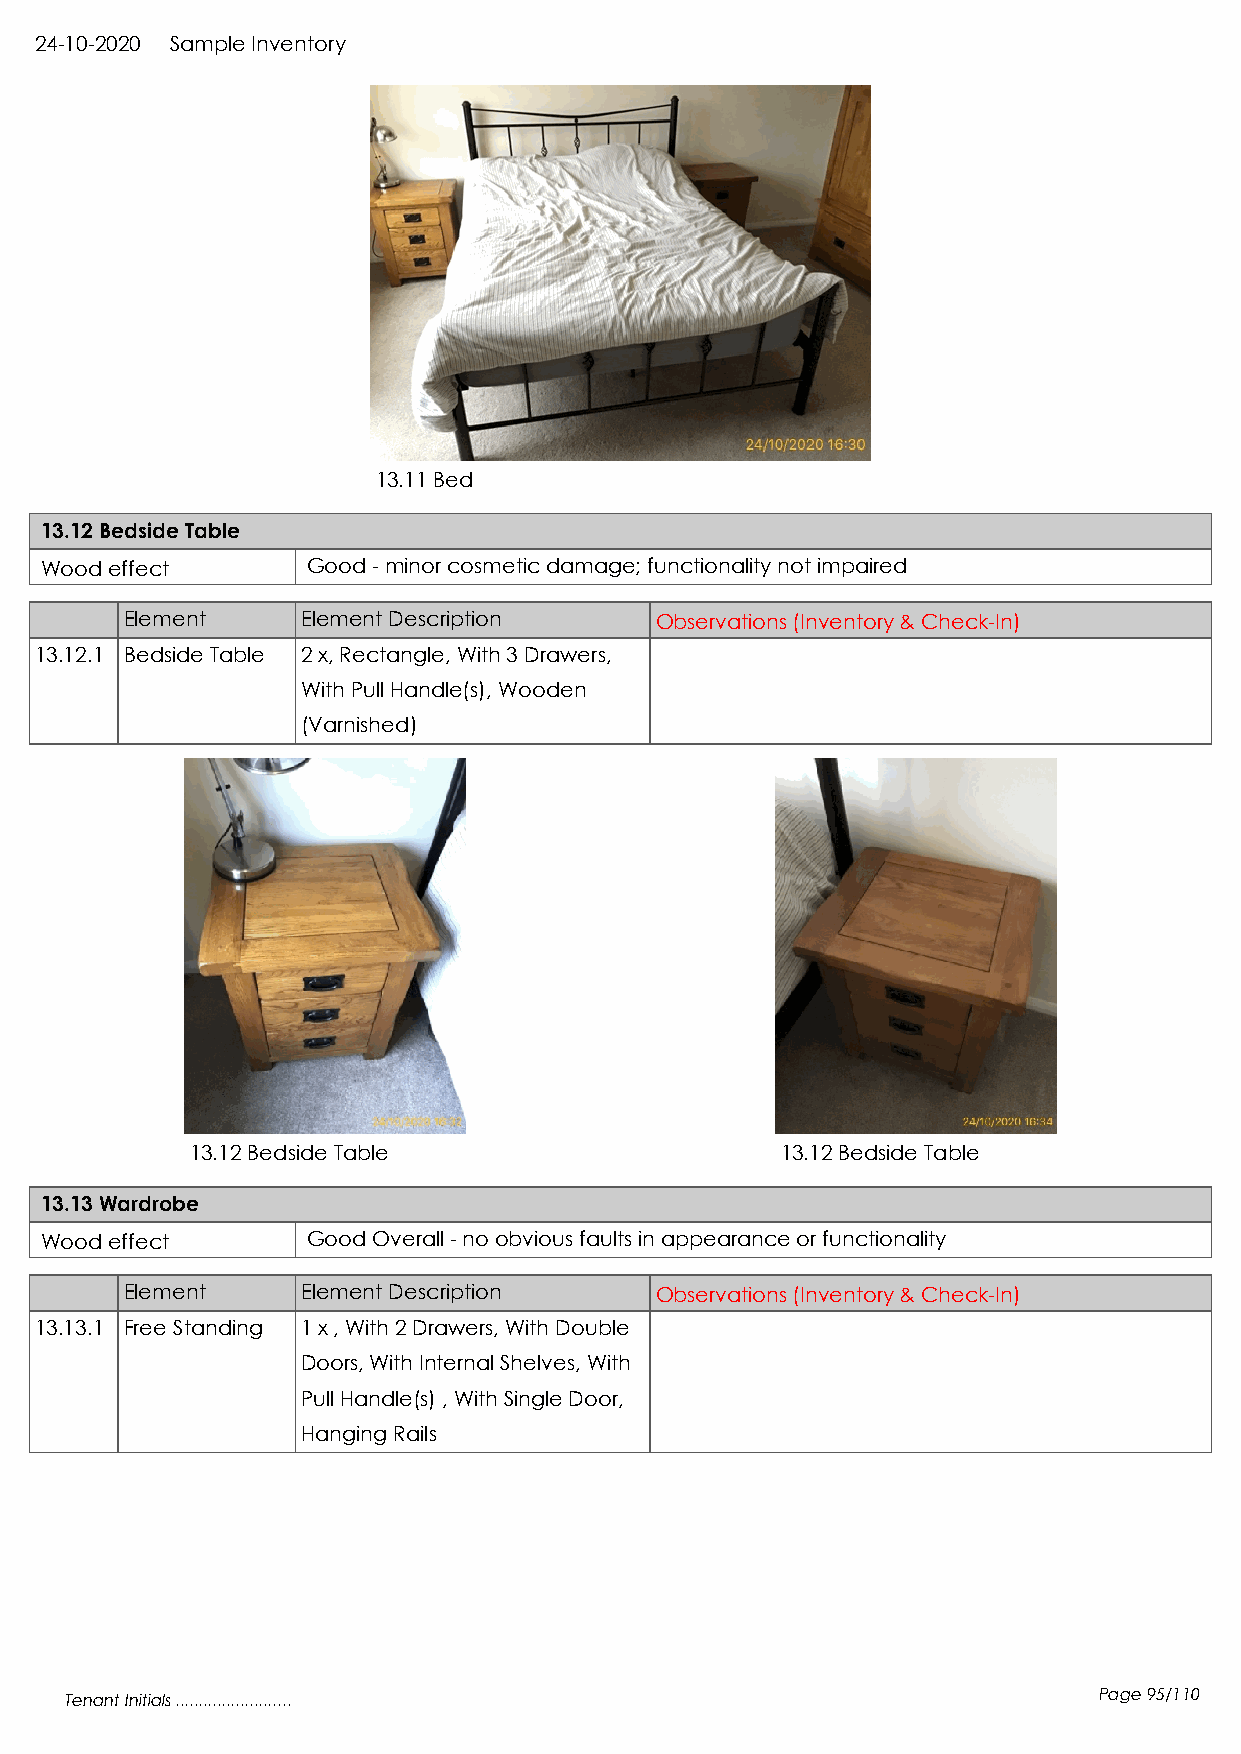
24-10-2020 Sample Inventory
 13.11 Bed
 13.12 Bedside Table
 Wood effect      Good - minor cosmetic damage; functionality not impaired
 Element     Element Description    Observations (Inventory & Check-In)
 13.12.1 Bedside Table 2 x, Rectangle, With 3 Drawers,
 With Pull Handle(s), Wooden
 (Varnished)
 13.12 Bedside Table                    13.12 Bedside Table
 13.13 Wardrobe
 Wood effect      Good Overall - no obvious faults in appearance or functionality
 Element     Element Description    Observations (Inventory & Check-In)
 13.13.1 Free Standing 1 x , With 2 Drawers, With Double
 Doors, With Internal Shelves, With
 Pull Handle(s) , With Single Door,
 Hanging Rails
 Tenant Initials .........................                            Page 95/110